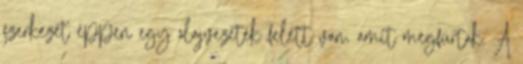
szerkezet éppen egy olajvezeték felett van, amit megfúrtak. A